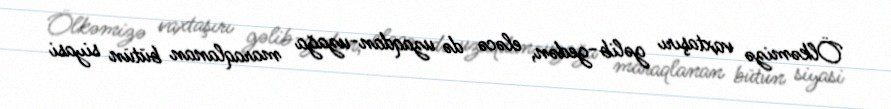
Ölkəmizə vaxtaşırı gəlib-gedən, eləcə də uzaqdan-uzağa maraqlanan bütün siyasi